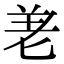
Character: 𭅒